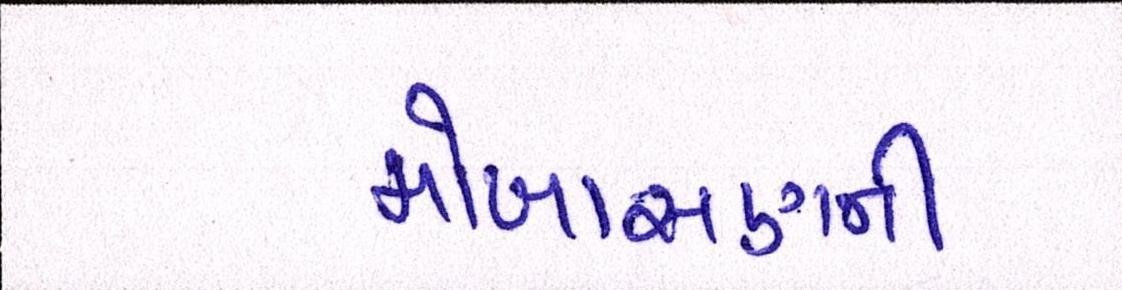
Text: મોખાસણની